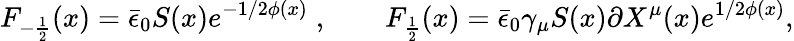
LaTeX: F_{-{\frac{1}{2}}}(x)=\bar{\epsilon}_{0}S(x)e^{-1/2\phi(x)}\; ,\qquad F_{\frac{1}{2}}(x)=\bar{\epsilon}_{0}\gamma_{\mu}S(x)\partial X^{\mu}(x)e^{1/2\phi(x)},